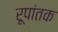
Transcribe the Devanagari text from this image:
रूपांतक